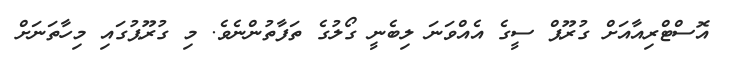
އޮސްޓްރިއާއަށް ގުރޫޕް ސީގެ އެއްވަނަ ލިބެނީ ގޯލުގެ ތަފާތުންނެވެ. މި ގުރޫޕުގައި މިހާތަނަށް